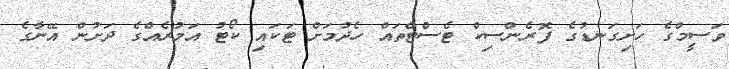
ވަސީމްގެ ހަށިގަނޑުގެ ފޮރެންސިކް ޓެސްޓްތައް ހެދުމަށް ޓަކައި ކޯޓު އަމުރެއްގެ ދަށުން އޭނާގެ